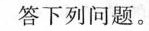
答下列问题。